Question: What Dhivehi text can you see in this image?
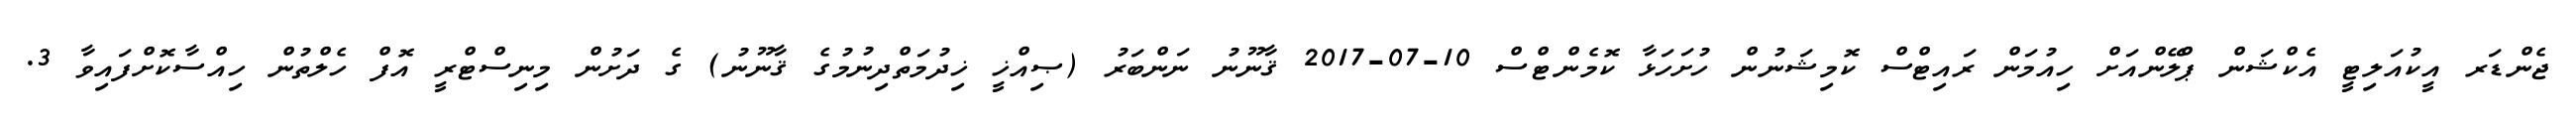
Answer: ޖެންޑަރ އީކުއަލިޓީ އެކްޝަން ޕްލޭންއަށް ހިއުމަން ރައިޓްސް ކޮމިޝަނުން ހުށަހަޅާ ކޮމެންޓްސް 10-07-2017 ޤާނޫނު ނަންބަރު (ޞިއްޚީ ޚިދުމަތްދިނުމުގެ ޤާނޫނު) ގެ ދަށުން މިނިސްޓްރީ އޮފް ހެލްތުން ހިއްސާކޮށްފައިވާ 3.